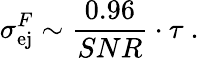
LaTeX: \sigma_{\mathrm{ej}}^{F}\sim\frac{0.96}{SNR}\cdot\tau~.